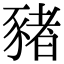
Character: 豬